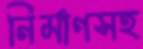
নির্মাণসহ